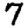
Digit: 7